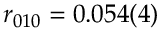
r _ { 0 1 0 } = 0 . 0 5 4 ( 4 ) \